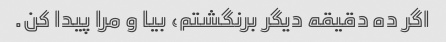
اگر ده دقیقه دیگر برنگشتم، بیا و مرا پیدا کن.